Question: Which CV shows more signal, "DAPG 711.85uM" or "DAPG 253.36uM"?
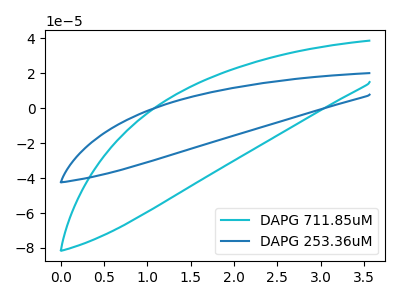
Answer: <think>The cyan curve "DAPG 711.85uM" has no peaks. The blue curve "DAPG 253.36uM" has no peaks.
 Neither "DAPG 711.85uM" or "DAPG 253.36uM" have any peaks.</think>
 <answer>I cant tell if "DAPG 711.85uM" or "DAPG 253.36uM" has more signal.</answer>
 <eval>mixed_signal</eval>